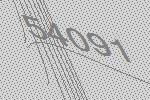
54091